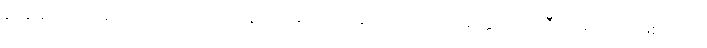
အေဿာသုံ၊ အဘယ်သို့ ကြားကုသနည်း။ ဘော၊ အချင်းတို့။ သကျပုတ္တော၊ သာကီဝင်မင်းသားဖြစ်သော။